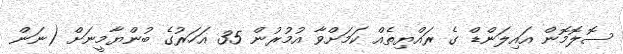
ސޮލޮމޮން އައިލަންޑް ގެ ރައްޔިތެއް ކަމަށްވާ އުމުރުން 35 އަހަރުގެ ބުންޔާމީނަށް (ނަން